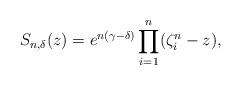
LaTeX: \begin{align*} S_{n, \delta}(z) = e^{n(\gamma - \delta)} \prod_{i=1}^n (\zeta_i^n - z), \end{align*}